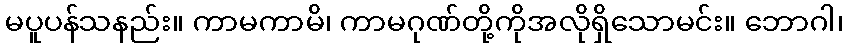
မပူပန်သနည်း။ ကာမကာမိ၊ ကာမဂုဏ်တို့ကိုအလိုရှိသောမင်း။ ဘောဂါ၊